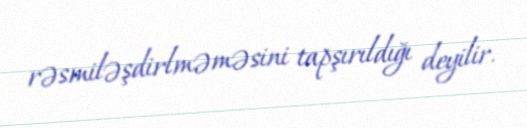
rəsmiləşdirlməməsini tapşırıldığı deyilir.